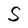
Character: S